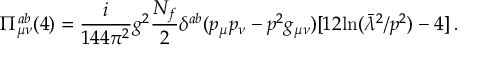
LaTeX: \Pi _ { \mu \nu } ^ { a b } ( 4 ) = \frac i { 1 4 4 \pi ^ { 2 } } g ^ { 2 } \frac { N _ { f } } { 2 } \delta ^ { a b } ( p _ { \mu } p _ { \nu } - p ^ { 2 } g _ { \mu \nu } ) [ 1 2 \mathrm { l n } ( \bar { \lambda } ^ { 2 } / p ^ { 2 } ) - 4 ] \, .